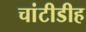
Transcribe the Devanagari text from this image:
चांटीडीह